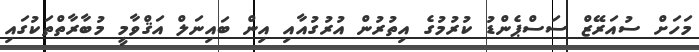
މަހަށް ސުއަރޭޒް ސަސްޕެންޑު ކުރުމުގެ އިތުރުން އުރުގުއާއި އިން ބައިނަލް އަޤްވާމީ މުބާރާތްތަކުގައި